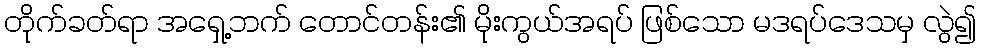
တိုက်ခတ်ရာ အရှေ့ဘက် တောင်တန်း၏ မိုးကွယ်အရပ် ဖြစ်သော မဒရပ်ဒေသမှ လွဲ၍